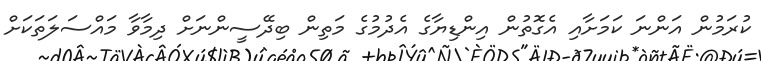
ކުރަމުން އަންނަ ކަމަށާއި އެގޮތުން އިންޑިޔާގެ އެދުމުގެ މަތިން ބިދޭސީންނަށް ދިމާވާ މައްސަލަތަކަށް